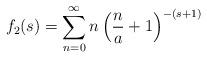
LaTeX: \begin{align*}f_2(s) =\sum_{n=0}^\infty n \left(\frac{n}{a}+1\right)^{-(s+1)}\end{align*}